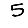
Digit: 5